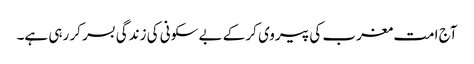
آج امت مغرب کی پیروی کر کے بے سکونی کی زندگی بسر کر رہی ہے۔